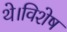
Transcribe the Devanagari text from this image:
थे।विशेष